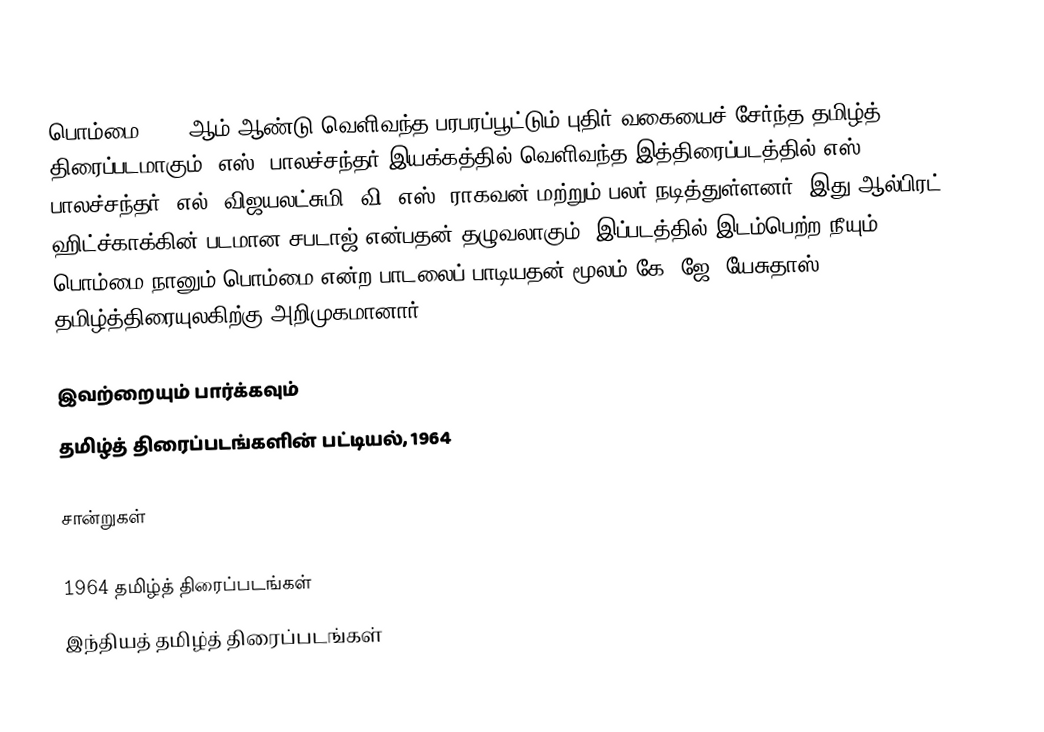
பொம்மை 1964 ஆம் ஆண்டு வெளிவந்த பரபரப்பூட்டும் புதிர் வகையைச் சேர்ந்த தமிழ்த் திரைப்படமாகும். எஸ். பாலச்சந்தர் இயக்கத்தில் வெளிவந்த இத்திரைப்படத்தில் எஸ். பாலச்சந்தர், எல். விஜயலட்சுமி, வி. எஸ். ராகவன் மற்றும் பலர் நடித்துள்ளனர். இது ஆல்பிரட் ஹிட்ச்காக்கின் படமான சபடாஜ்  என்பதன் தழுவலாகும். இப்படத்தில் இடம்பெற்ற நீயும் பொம்மை நானும் பொம்மை என்ற பாடலைப் பாடியதன் மூலம் கே. ஜே. யேசுதாஸ்  தமிழ்த்திரையுலகிற்கு அறிமுகமானார்.

இவற்றையும் பார்க்கவும்
 தமிழ்த் திரைப்படங்களின் பட்டியல், 1964

சான்றுகள்

1964 தமிழ்த் திரைப்படங்கள்
இந்தியத் தமிழ்த் திரைப்படங்கள்